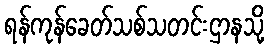
ရန်ကုန်ခေတ်သစ်သတင်းဌာနသို့